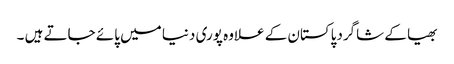
بھیا کے شاگردپاکستان کے علاوہ پوری دنیا میں پائے جاتے ہیں ۔